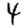
Digit: 4